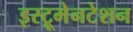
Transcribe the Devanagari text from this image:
इस्ट्रूमेनटेशन